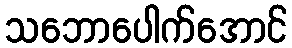
သဘောပေါက်အောင်